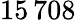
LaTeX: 15\, 708